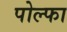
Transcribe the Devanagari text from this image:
पोल्फा